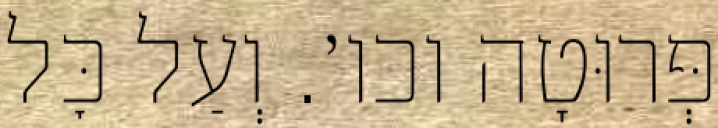
פְּרוּטָה וכו׳. וְעַל כׇּל